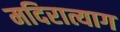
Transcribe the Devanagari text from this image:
मदिरात्याग